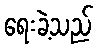
ရေးခဲ့သည်